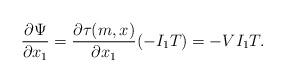
LaTeX: \begin{align*}\frac{\partial\Psi}{\partial x_1} = \frac{\partial\tau(m,x)}{\partial x_1}(-I_1T)=-VI_1T.\end{align*}